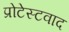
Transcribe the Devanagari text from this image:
प्रोटेस्टवाद